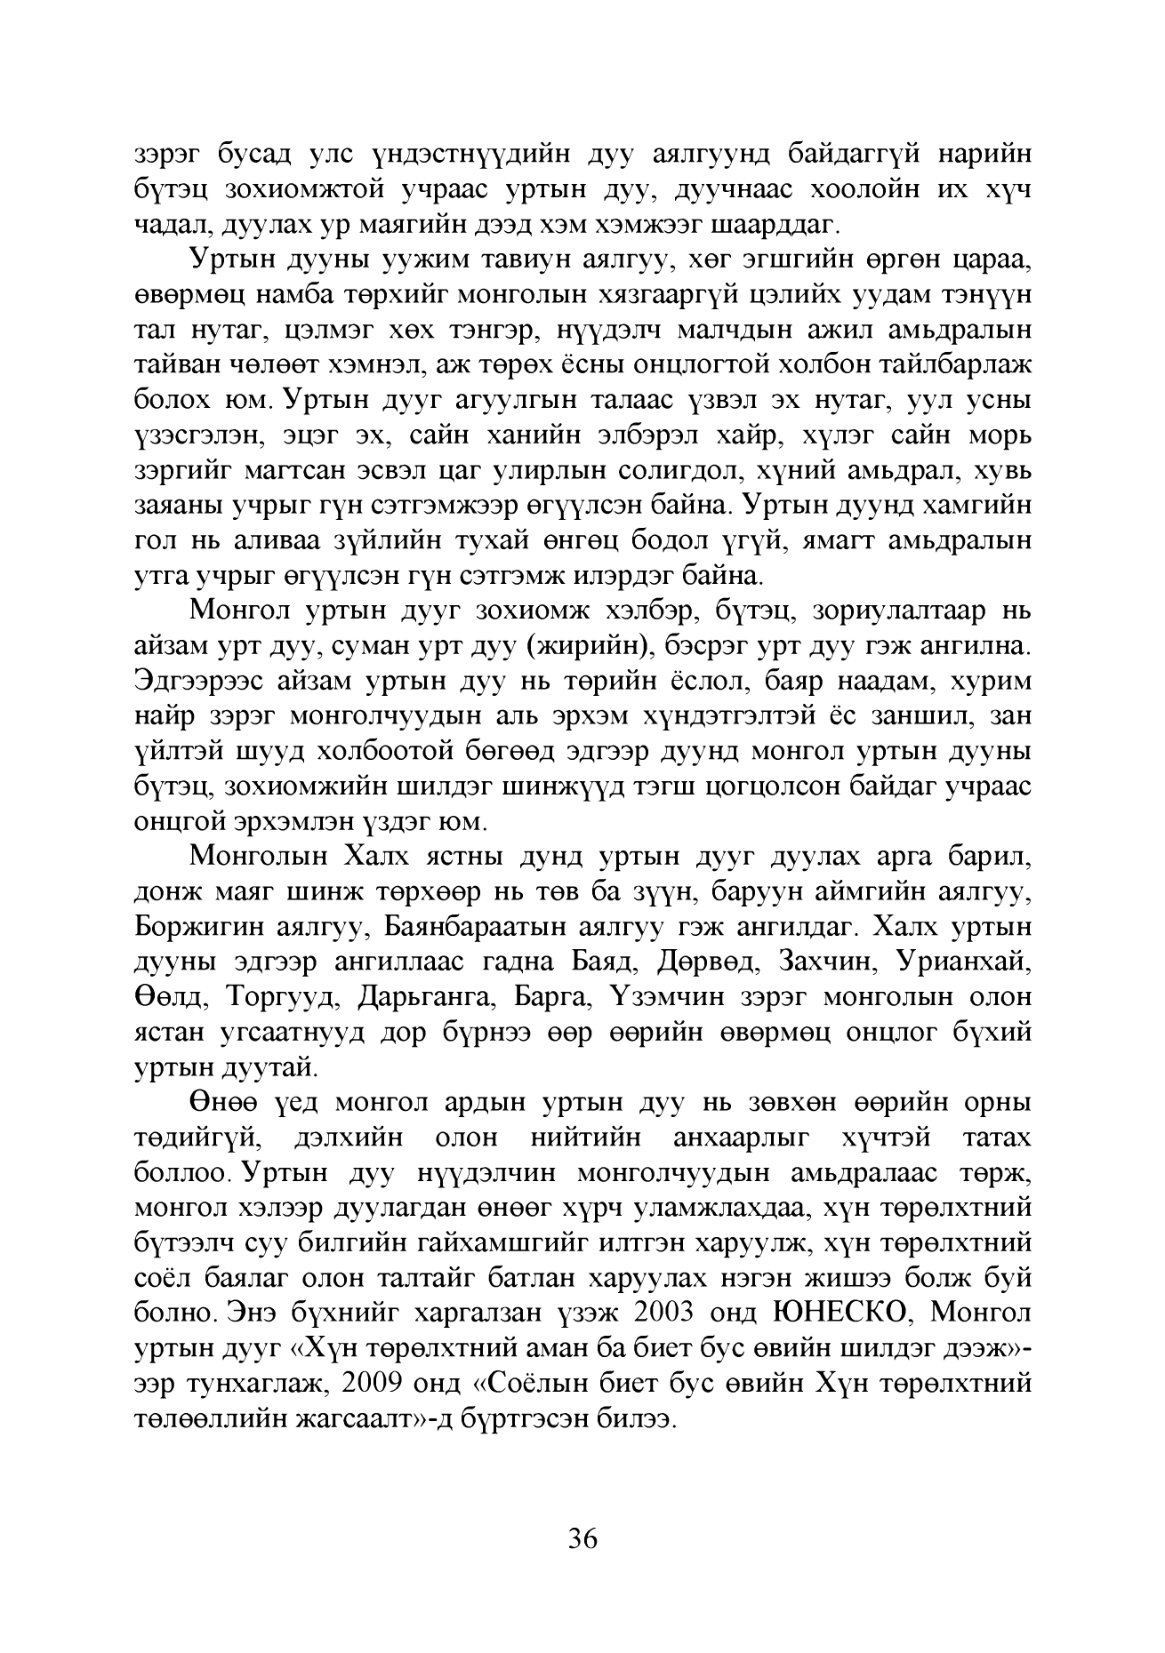
Language: mn